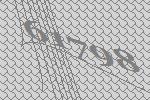
61798